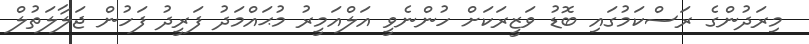
މިރަދުންގެ ރަސްކަމުގައި ބޮޑު ވަޒީރަކަށް ހުންނެވީ އަލްއަމީރު މުޙައްމަދު ފަރީދު ފަހުން ޖަލާލަތުލް